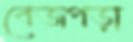
বেজপড়া